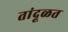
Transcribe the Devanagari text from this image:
तांदूळत